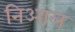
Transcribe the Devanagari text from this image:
निआल